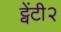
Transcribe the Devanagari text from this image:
ट्वेंटी२